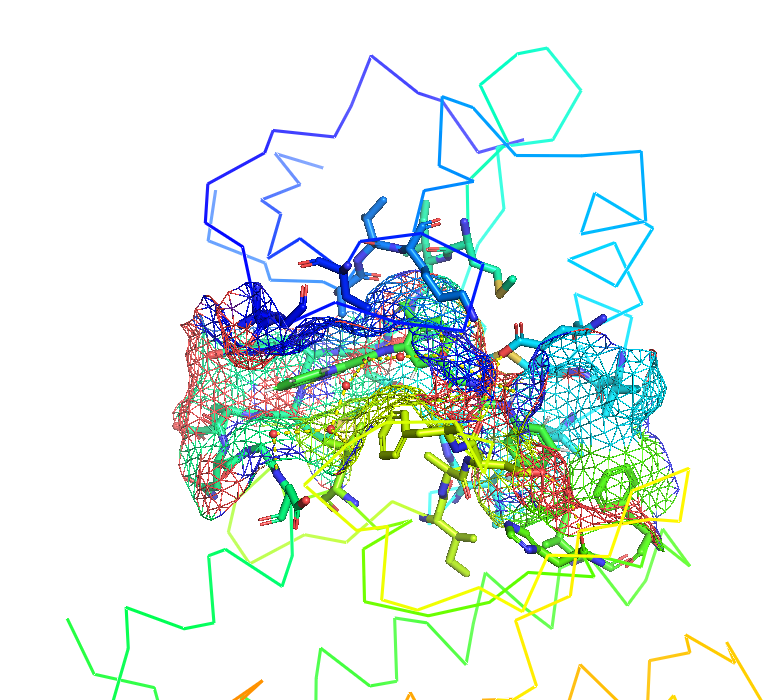
pymol, preset ligand site, mesh surface